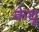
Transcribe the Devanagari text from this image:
केथू